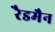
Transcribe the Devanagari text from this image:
रैडमैन